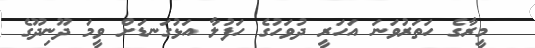
މީރާގެ ހަތަރުވަނަ އަހަރީ ދުވަހުގެ ހަފުލާ އަޅުގަނޑަށް ވީމަ ދޫނިދޫގެ